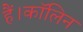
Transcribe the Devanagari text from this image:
हैं।कॉलिन